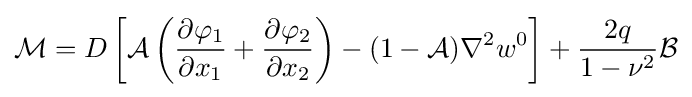
{\mathcal {M}}=D\left[{\mathcal {A}}\left({\frac {\partial \varphi _{1}}{\partial x_{1}}}+{\frac {\partial \varphi _{2}}{\partial x_{2}}}\right)-(1-{\mathcal {A}})\nabla ^{2}w^{0}\right]+{\frac {2q}{1-\nu ^{2}}}{\mathcal {B}}